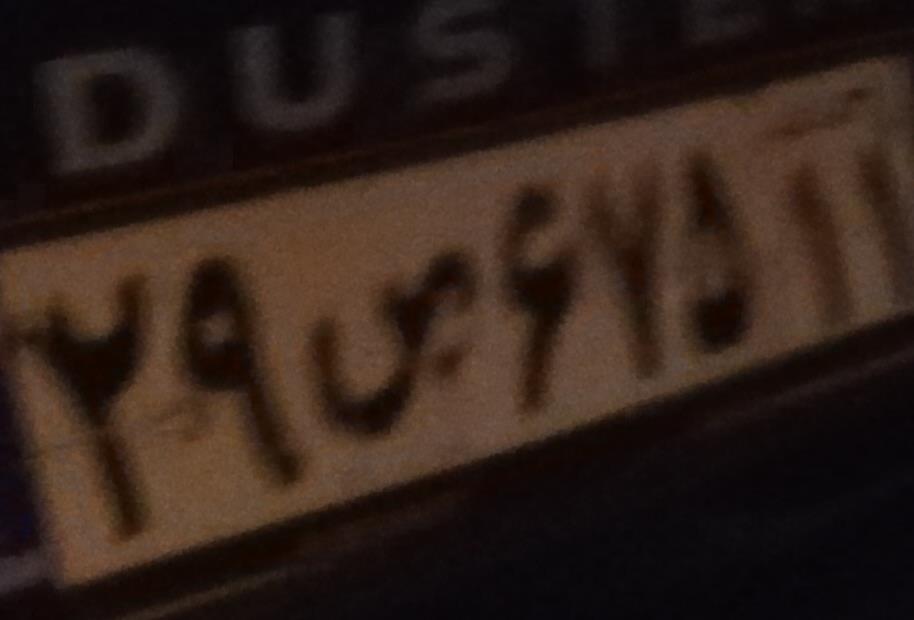
۲۹ص۶۷۵۱۱